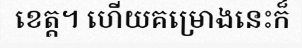
ខេត្ត។ ហើយគម្រោងនេះក៏